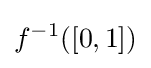
f^{-1}([0,1])